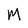
Character: M